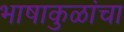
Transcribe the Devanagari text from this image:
भाषाकुळांचा